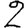
Digit: 2